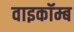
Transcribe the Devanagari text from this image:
वाइकॉम्ब